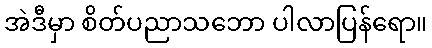
အဲဒီမှာ စိတ်ပညာသဘော ပါလာပြန်ရော။